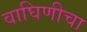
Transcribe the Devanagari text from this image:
वाघिणीचा